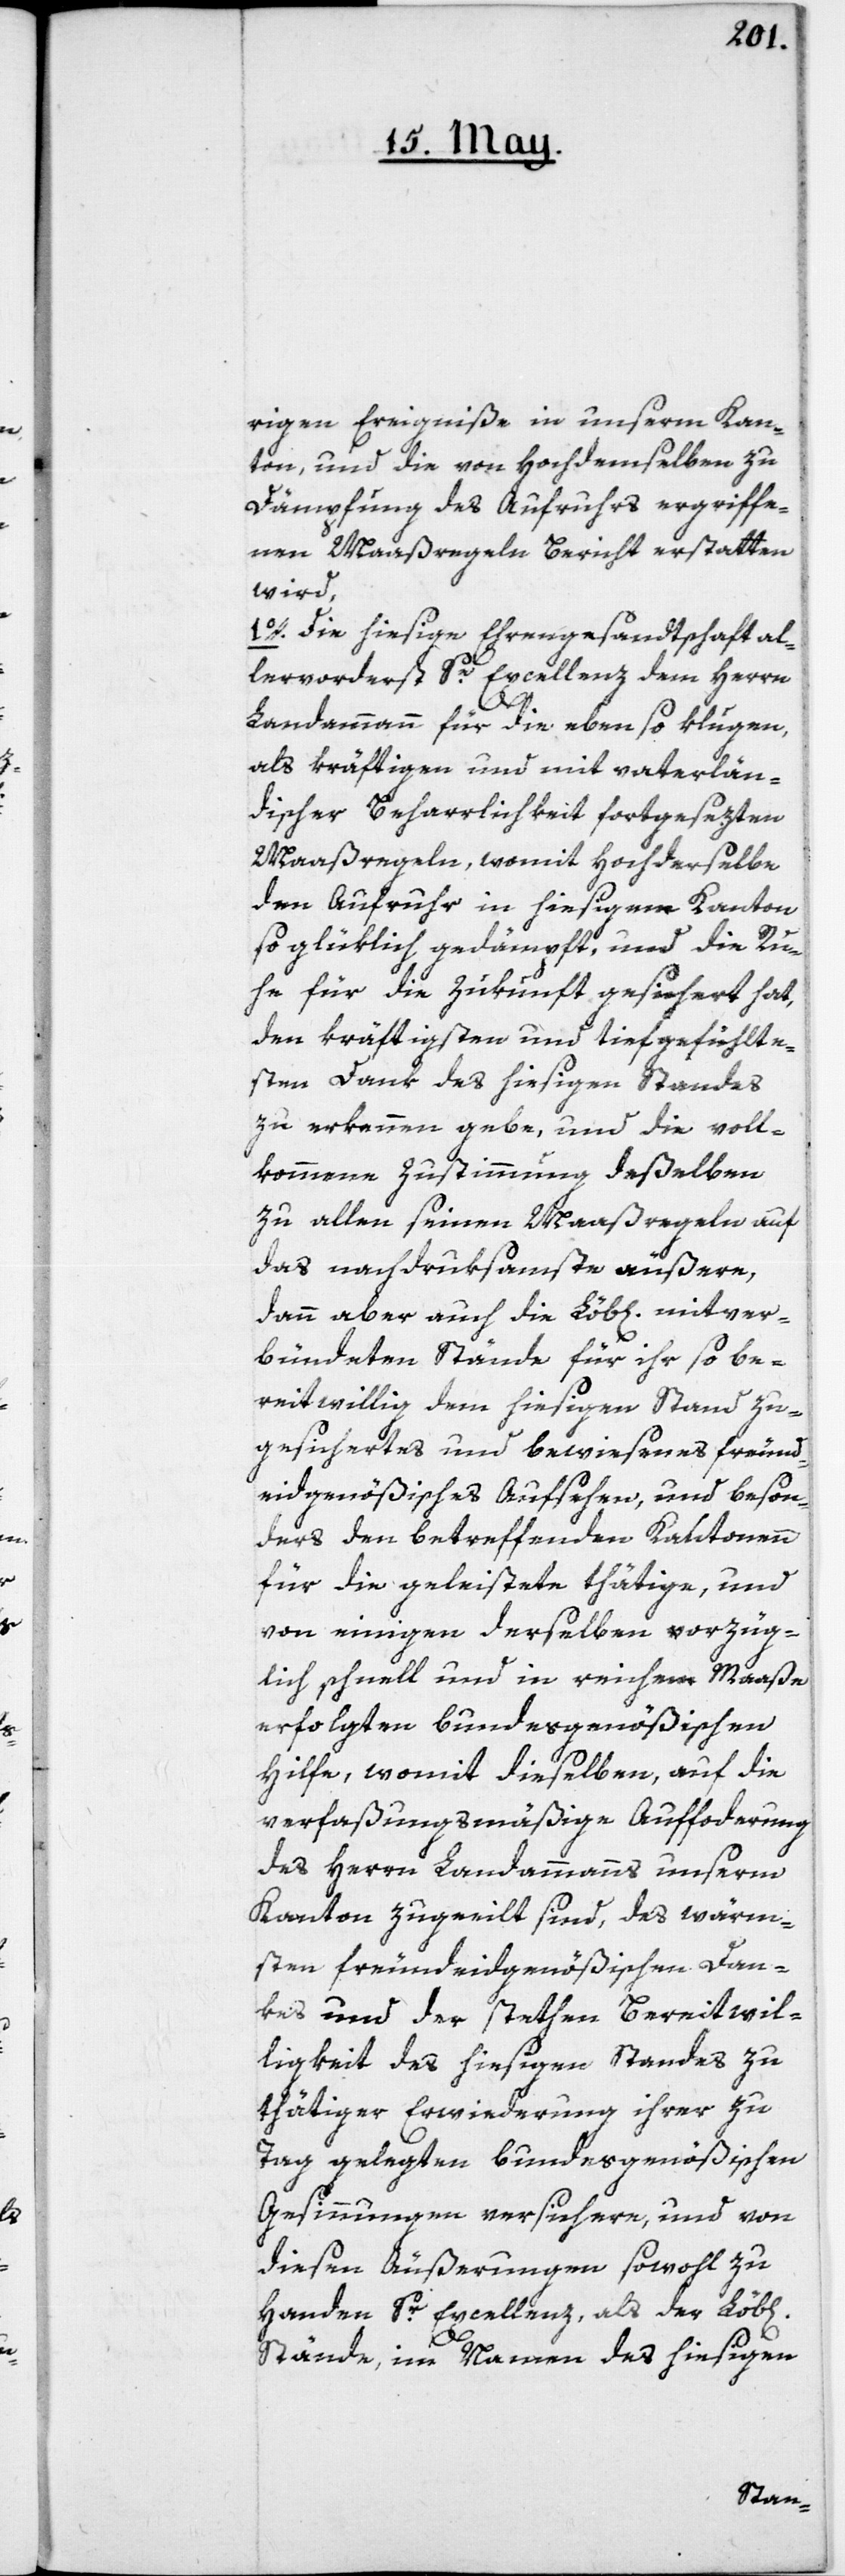
rigen Ereigniße in unserm Kan¬
ton, und die von Hochdemselben zu
Dämpfung des Aufruhrs ergriffe¬
nen Maaßregeln Bericht erstatten
wird,
1o. Die hiesige Ehrengesandtschaft al¬
lervorderst Se Excellenz dem Herrn
chen]
Landammann für die ebenso klugen
als kräftigen und mit vaterlän¬
discher Beharrlichkeit fortgesezten
Maaßregeln, womit Hochderselbe
den Aufruhr in hiesigem Kanton
so glüklich gedämpft, und die Ru¬
he für die Zukunft gesichert hat,
den kräftigsten und tiefgefühlte¬
n Dank des hiesigen Standes
zu erkennen gebe, und die voll¬
kommene Zustimmung deßelben
zu allen seinen Maaßregeln auf
das nachdruksamste äußern,
dann aber auch die Löb[lichen] mitver¬
bündeten Stände für ihr so be¬
reitwillig dem hiesigen Stand zu¬
gesichertes und bewiesenes freund¬
eidgenößisches Aufsehen, und beson¬
ders den betreffenden Kantonen
für die geleistete thätige, und
von einigen derselben vorzüg¬
lich schnell und in reichem Maaße
erfolgten bundesgenößischen
Hilfe, womit dieselben auf die
verfaßungsmäßige Aufforderung
des Herrn Landammanns unserm
Kanton zugeeilt sind, des wärm¬
sten freundeidgenößischen Dan¬
kes und der stethen Bereitwil¬
ligkeit des hiesigen Standes zu
thätiger Erwiederung ihrer zu
Tag gelegten bundesgenößischen
Gesinnungen versichern, und von
diesen Äußerungen sowohl zu
Handen Sr Excellenz, als der Löb[li¬
Stände, im Namen des hiesigen